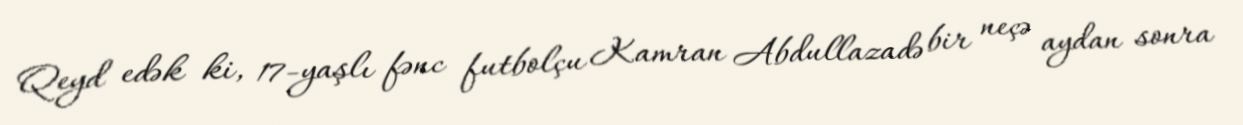
Qeyd edək ki, 17-yaşlı fənc futbolçu Kamran Abdullazadə bir neçə aydan sonra